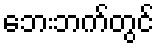
ဘေးဘက်တွင်